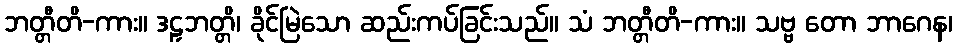
ဘတ္တီတိ-ကား။ ဒဠှဘတ္တိ၊ ခိုင်မြဲသော ဆည်းကပ်ခြင်းသည်။ သံ ဘတ္တီတိ-ကား။ သဗ္ဗ တော ဘာဂေန၊